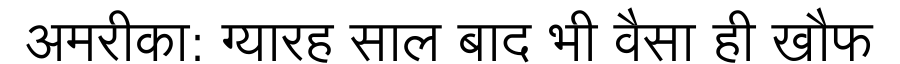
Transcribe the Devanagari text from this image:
अमरीका: ग्यारह साल बाद भी वैसा ही खौफ